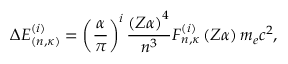
\Delta E _ { ( n , \kappa ) } ^ { ( i ) } = \left( \frac { \alpha } { \pi } \right) ^ { i } \frac { \left( Z \alpha \right) ^ { 4 } } { n ^ { 3 } } F _ { n , \kappa } ^ { ( i ) } \left( Z \alpha \right) m _ { e } c ^ { 2 } ,